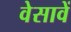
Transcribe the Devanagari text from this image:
वेसावें